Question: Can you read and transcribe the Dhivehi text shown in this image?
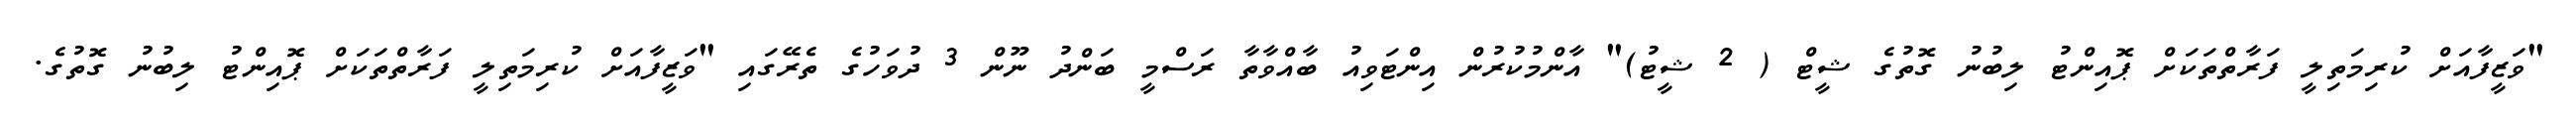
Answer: "ވަޒީފާއަށް ކުރިމަތިލީ ފަރާތްތަކަށް ޕޮއިންޓު ލިބުނު ގޮތުގެ ޝީޓް ( 2 ޝީޓު)" އާންމުކުރުން އިންޓަވިއު ބާއްވާތާ ރަސްމީ ބަންދު ނޫން 3 ދުވަހުގެ ތެރޭގައި "ވަޒީފާއަށް ކުރިމަތިލީ ފަރާތްތަކަށް ޕޮއިންޓު ލިބުނު ގޮތުގެ.